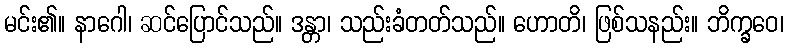
မင်း၏။ နာဂေါ၊ ဆင်ပြောင်သည်။ ဒန္တာ၊ သည်းခံတတ်သည်။ ဟောတိ၊ ဖြစ်သနည်း။ ဘိက္ခဝေ၊